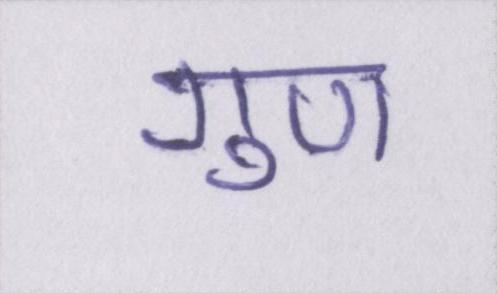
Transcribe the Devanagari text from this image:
गुण